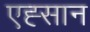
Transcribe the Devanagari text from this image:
एह्सान